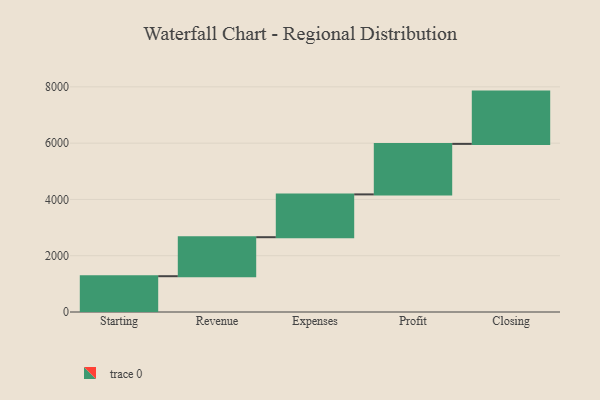
{"axis": {"x": "Step", "y": "Value"}, "legend": [""], "data": [{"x": "Starting", "y": 1272.0, "type": ""}, {"x": "Revenue", "y": 1386.0, "type": ""}, {"x": "Expenses", "y": 1521.0, "type": ""}, {"x": "Profit", "y": 1795.0, "type": ""}, {"x": "Closing", "y": 1858.0, "type": ""}]}